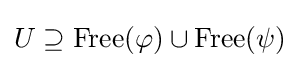
U\supseteq {\mbox{Free}}(\varphi )\cup {\mbox{Free}}(\psi )